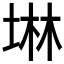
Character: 𡍚